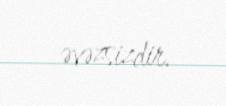
əvəzsizdir.